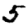
Digit: 5